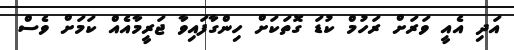
އަދި އެއީ ވަރަށް ރަހުމް ކުޑަ ގޮތަކަށް ހިންގާފައިވާ ޖަރީމާއެއް ކަމަށް ވެސް